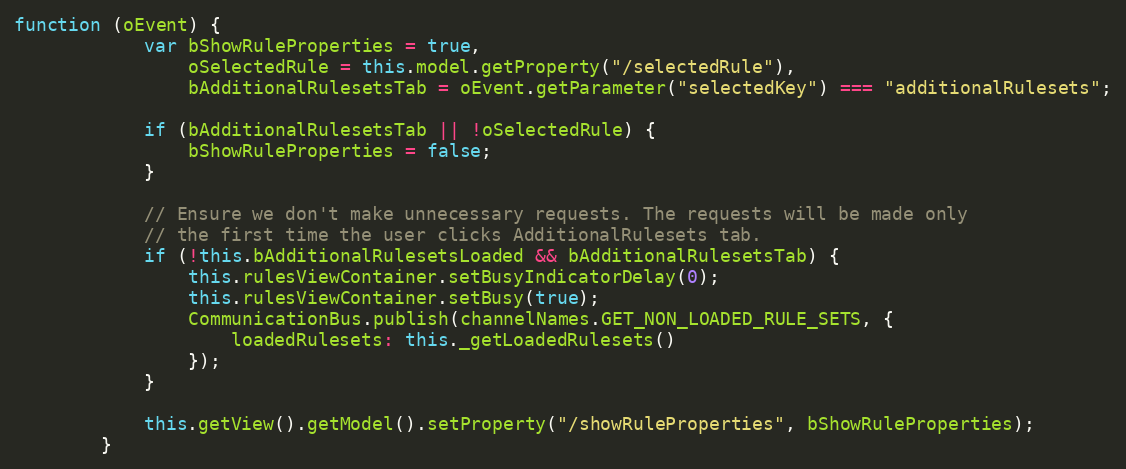
Language: JavaScript
function (oEvent) {
			var bShowRuleProperties = true,
				oSelectedRule = this.model.getProperty("/selectedRule"),
				bAdditionalRulesetsTab = oEvent.getParameter("selectedKey") === "additionalRulesets";

			if (bAdditionalRulesetsTab || !oSelectedRule) {
				bShowRuleProperties = false;
			}

			// Ensure we don't make unnecessary requests. The requests will be made only
			// the first time the user clicks AdditionalRulesets tab.
			if (!this.bAdditionalRulesetsLoaded && bAdditionalRulesetsTab) {
				this.rulesViewContainer.setBusyIndicatorDelay(0);
				this.rulesViewContainer.setBusy(true);
				CommunicationBus.publish(channelNames.GET_NON_LOADED_RULE_SETS, {
					loadedRulesets: this._getLoadedRulesets()
				});
			}

			this.getView().getModel().setProperty("/showRuleProperties", bShowRuleProperties);
		}